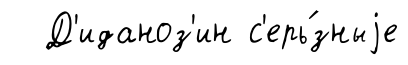
Д'иданоз'ин с'ерь́зныjе